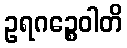
ဥရဂဉ္စေဝါတိ